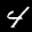
Label: 4